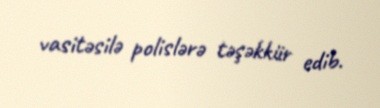
vasitəsilə polislərə təşəkkür edib.